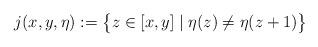
LaTeX: \begin{align*}j(x,y,\eta):= \bigl\{ z\in[x,y] \mid \eta(z)\ne\eta(z+1) \bigr\}\end{align*}